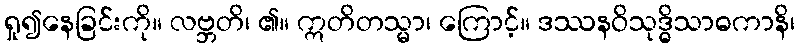
ရှု၍နေခြင်းကို။ လဗ္ဘတိ၊ ၏။ ဣတိတသ္မာ၊ ကြောင့်။ ဒဿနဝိသုဒ္ဓိသာဓကာနိ၊